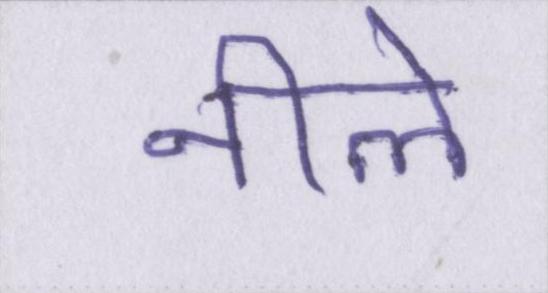
नीले